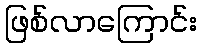
ဖြစ်လာကြောင်း